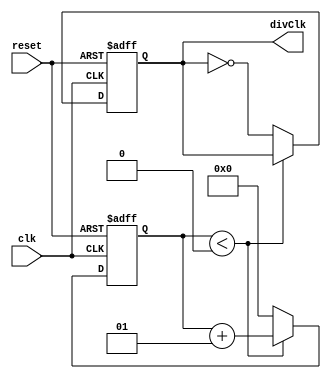
module FrequencyDivider(
	input      clk,
	input      reset,
	output reg divClk
);

	parameter divFreq = 12500000;
	integer   divCnt;

/* Generate Clock */
	always @ (posedge clk or negedge reset) begin
		if (!reset) begin
			divCnt <= 0;
			divClk <= 0;
		end
		else  if (divCnt < (25000000 / divFreq - 1) / 2) begin
					divCnt <= divCnt + 1;
				end
				else begin
					divCnt <= 0;
					divClk <= ~divClk;
				end
	end

endmodule